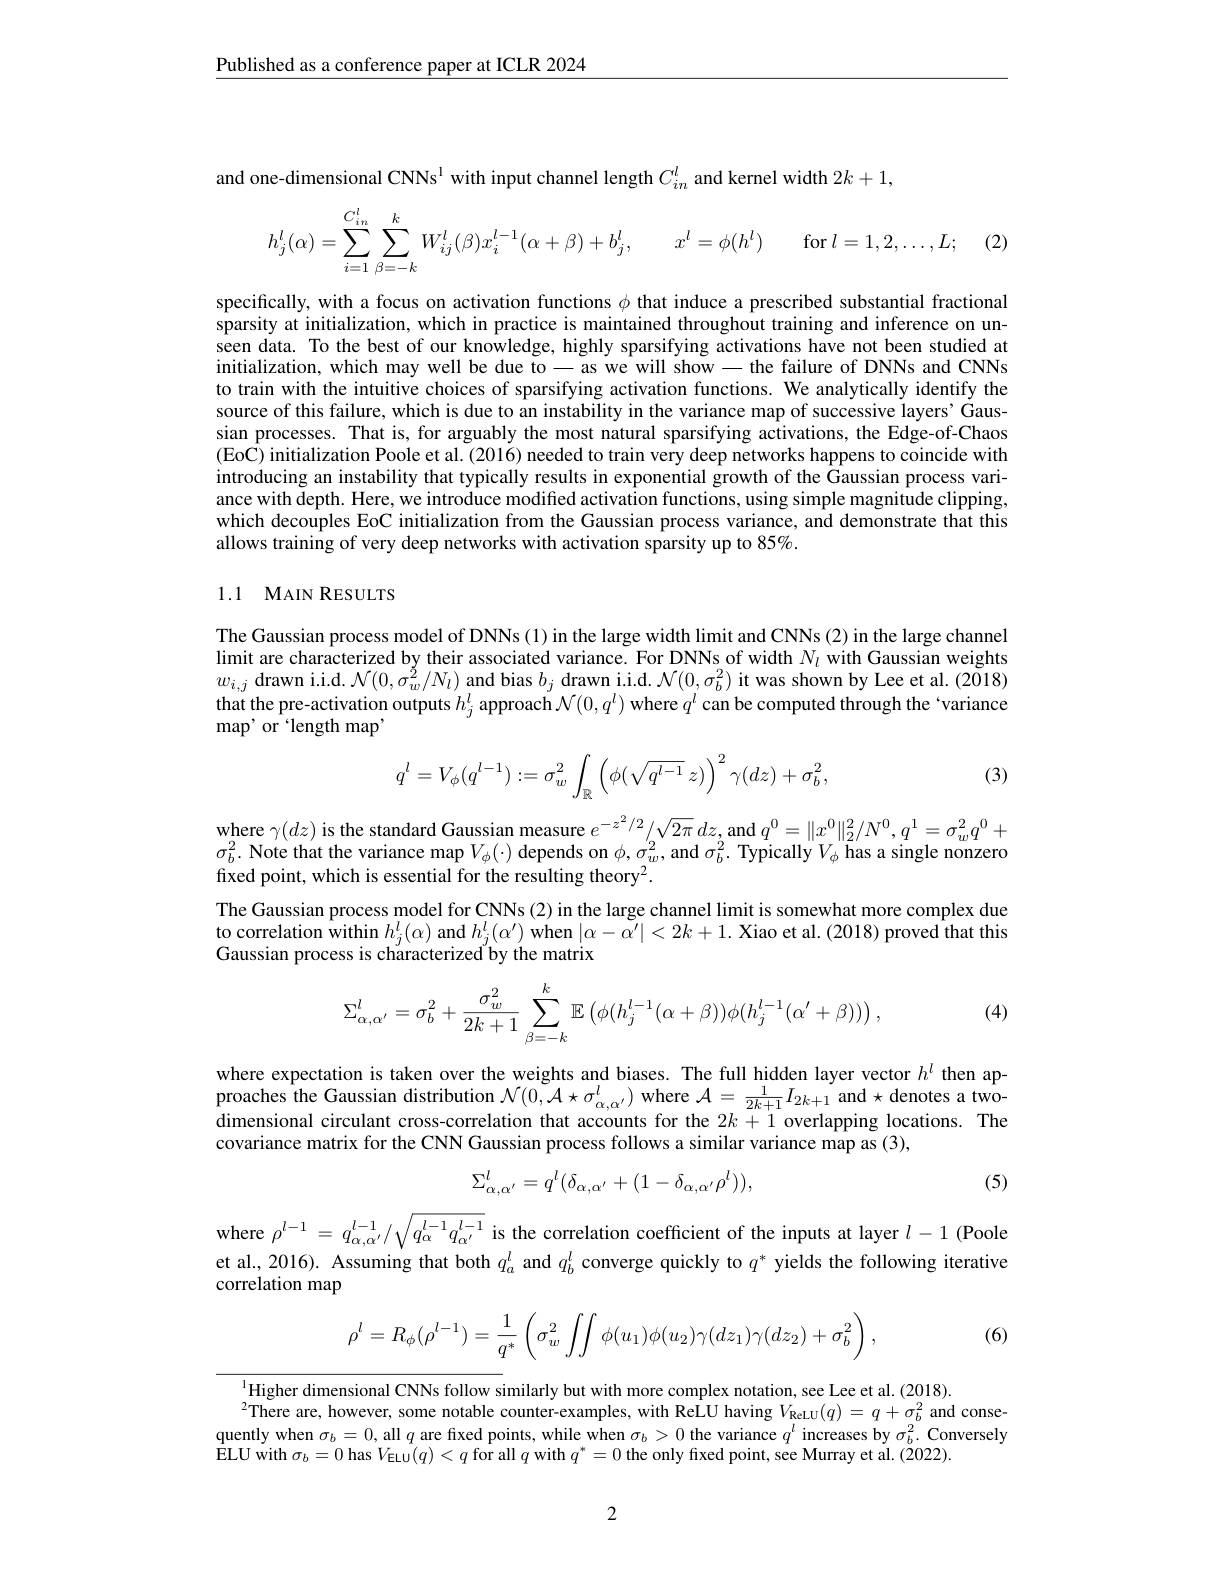
$\underline{\text{Published as a conference paper at ICLR 2024}}$

and one-dimensional CNNs$^{\mathrm{l}}$ with input channel length $C_{in}^l$ and kernel width $2k+1$,
$$h_j^l(\alpha)=\sum\limits_{i=1}^{C_{\text{i}n}^l}\sum\limits_{\beta=-k}^kW_{ij}^l(\beta)x_i^{l-1}(\alpha+\beta)+b_j^l,\quad x^l=\phi(h^l)\quad\text{for}l=1,2,\ldots,L;$$
(2)

specifically, with a focus on activation functions $\phi$ that induce a prescribed substantial fractional sparsity at initialization, which in practice is maintained throughout training and inference on unseen data. To the best of our knowledge, highly sparsifying activations have not been studied at initialization, which may well be due to\_as we will show\_the failure of DNNs and CNNs to train with the intuitive choices of sparsifying activation functions. We analytically identify the source of this failure, which is due to an instability in the variance map of successive layers' Gaussian processes. That is, for arguably the most natural sparsifying activations, the Edge-of-Chaos (EoC) initialization Poole et al. (2016) needed to train very deep networks happens to coincide with introducing an instability that typically results in exponential growth of the Gaussian process variance with depth. Here, we introduce modified activation functions, using simple magnitude clipping, which decouples EoC initialization from the Gaussian process variance, and demonstrate that this allows training of very deep networks with activation sparsity up to 85%.

## 1.1 MAIN RESULTS

The Gaussian process model of DNNs (1) in the large width limit and CNNs (2) in the large channel limit are characterized by their associated variance. For DNNs of width $N_{l}$ with Gaussian weights $w_{i, j}$ drawn ii. d. $\mathcal{N} ( 0, \sigma _{w}^{2}/ N_{l})$ and bias $b_{j}$ drawn i. d. $\mathcal{N} ( 0, \sigma _{b}^{2})$ it was shown by Lee et al. ( 2018) that the pre- acti $\begin{array}{l}\text{that the pre-activation outputs }h_j^l\text{ approach}\mathcal{N}(0,q^l)\text{ where }q^l\text{ can be computed through the `variance}\\\text{map'or 'length map'}\end{array}$

(3)
$$q^l=V_\phi(q^{l-1}):=\sigma_w^2\int_{\mathbb{R}}\left(\phi(\sqrt{q^{l-1}}\:z)\right)^2\gamma(dz)+\sigma_b^2,$$
$\begin{array}{l}\text{where }\gamma(dz)\text{ is the standard Gaussian measure }e^{-z^2/2}/\sqrt{2\pi}\:dz,\mathrm{and~}q^0=\|x^0\|_2^2/N^0,q^1=\sigma_w^2q^0+\\\sigma_b^2.\text{ Note that the variance map }V_\phi(\cdot)\text{ depends on }\phi,\sigma_w^2,\mathrm{and~}\sigma_b^2.\text{ Typically }V_\phi\text{ has a single nonzero}\end{array}$
fixed point, which is essential for the resulting theory$^2.$
The Gaussian process model for CNNs (2) in the large channel limit is somewhat more complex due to correlation $\hat{\text{within }h}_j^l(\alpha)$ and $h_j^l(\alpha^{\prime})$ when $|\alpha-\tilde{\alpha}^{\prime}|<2k+1.$ Xiao et al. (2018) proved that this Gaussian process is characterized'by the matrix
$$\Sigma_{\alpha,\alpha'}^l=\sigma_b^2+\frac{\sigma_w^2}{2k+1}\sum_{\beta=-k}^k\mathbb{E}\left(\phi(h_j^{l-1}(\alpha+\beta))\phi(h_j^{l-1}(\alpha'+\beta))\right),$$
(4)

where expectation is taken over the weights and biases. The full hidden layer vector $h^l$ then approaches the Gaussian distribution $\mathcal{N}(0,\mathcal{A}\star\sigma_{\alpha,\alpha^{\prime}}^{l})$ where $\mathcal{A}=\frac1{2k+1}I_{2k+1}$ and$\star$ denotes a twodimensional circulant cross-correlation that accounts for the $2k+1$ overlapping locations. The covariance matrix for the CNN Gaussian process follows a similar variance map as (3),
$$\Sigma_{\alpha,\alpha'}^l=q^l(\delta_{\alpha,\alpha'}+(1-\delta_{\alpha,\alpha'}\rho^l)),$$
(5)

where $\rho^{l-1}=q_{\alpha,\alpha^{\prime}}^{l-1}/\sqrt{q_\alpha^{l-1}q_{\alpha^{\prime}}^{l-1}}$ is the correlation coefficient of the inputs at layer $l-1$ (Poole et al., 2016). Assuming that both $q_a^l$ and $q_b^l$ converge quickly to $q^*$ yields the following iterative correlation map
$$\rho^l=R_\phi(\rho^{l-1})=\dfrac{1}{q^*}\left(\sigma_w^2\iint\phi(u_1)\phi(u_2)\gamma(dz_1)\gamma(dz_2)+\sigma_b^2\right),$$
(6)

$^{1}$Higher dimensional CNNs follow similarly but with more complex notation, see Lee et al. (2018).
$^{2}$There are, however, some notable counter-examples, with ReLU having $V_{\mathrm{ReLU}}(q)=q+\sigma_{b}^{2}$ and consequently when $\sigma_b=0$, all $q$ are fixed points, while when $\sigma_b>0$ the variance $q^l$ increases by $\sigma_b^2.$ Conversely ELU with $\sigma_b=0$ has $V_{\mathrm{ELU}}(q)<q$ for all $q$ with $q^*=0$ the only fixed point, see Murray et al. (2022).

2